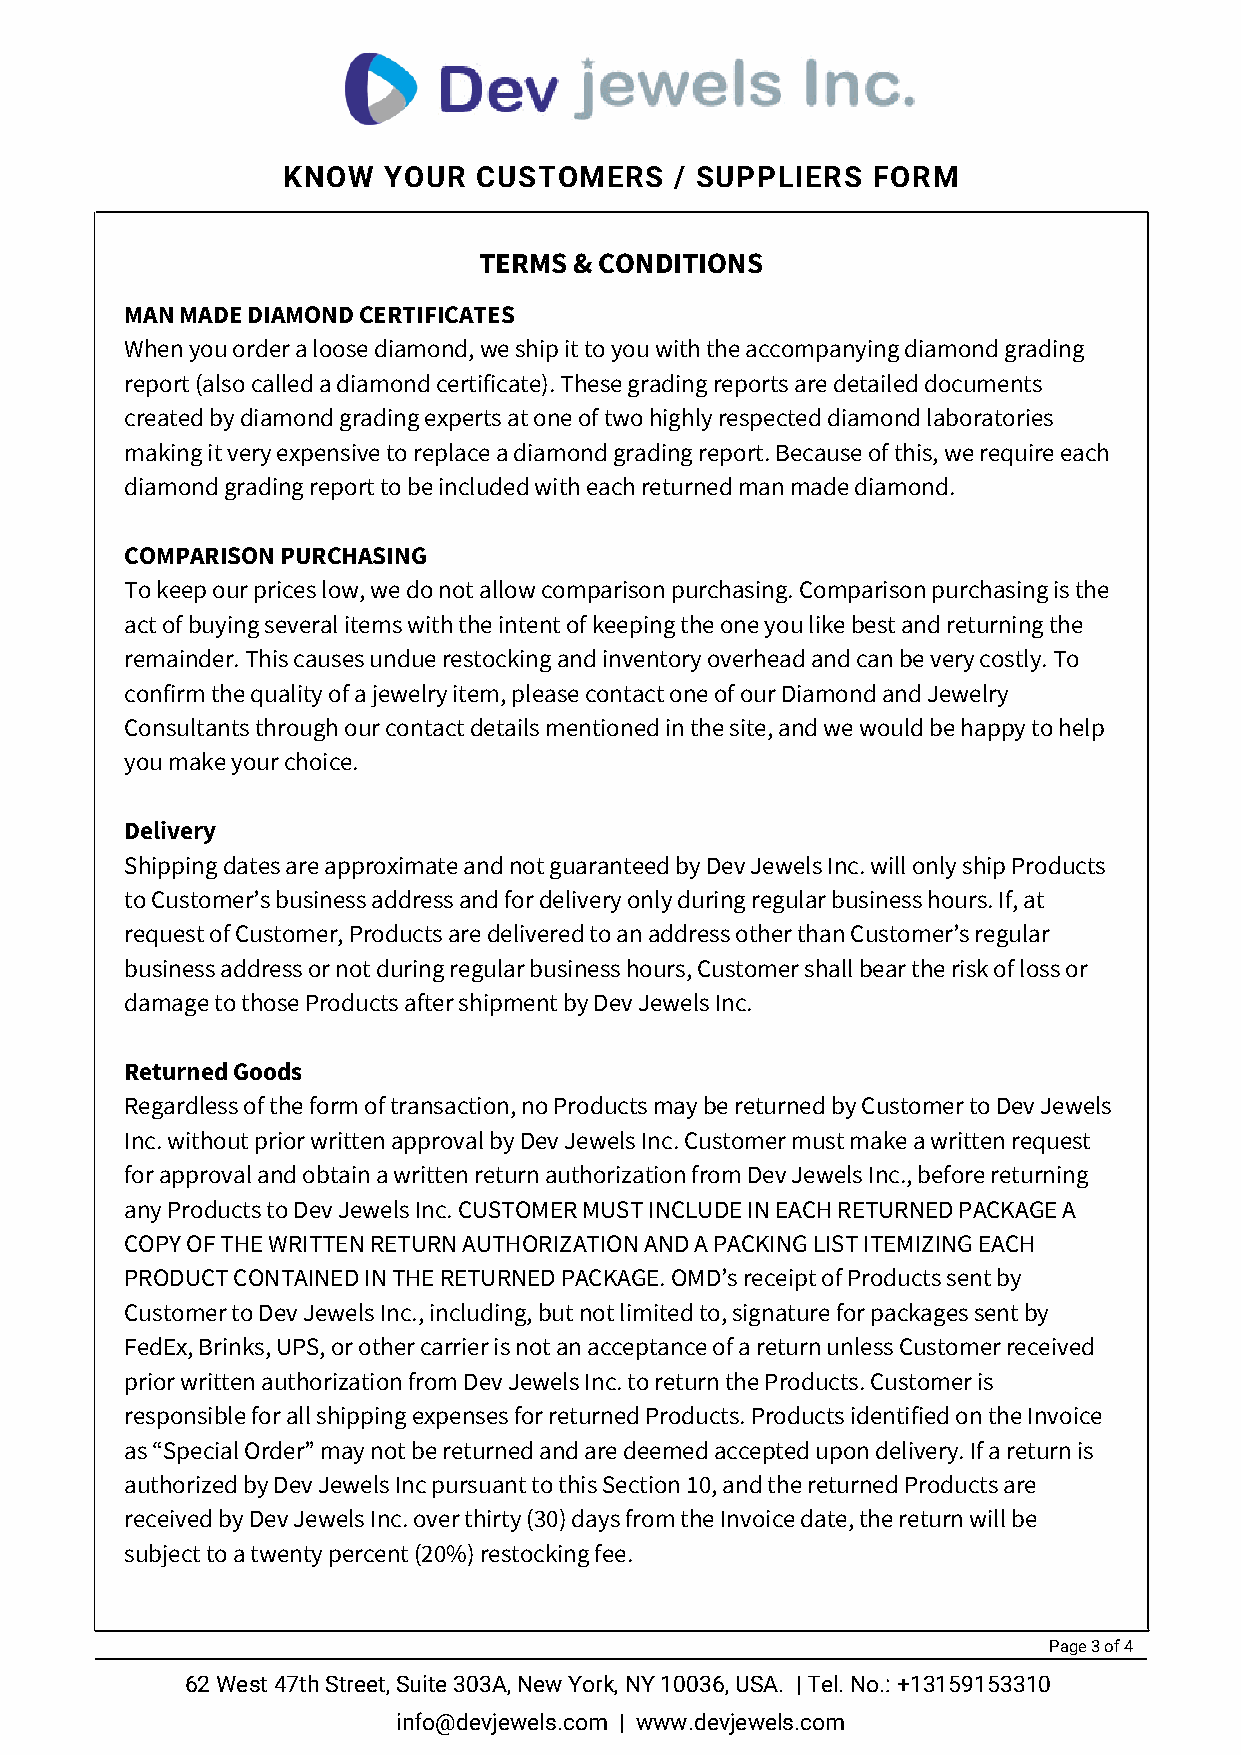
KNOW  YOUR   CUSTOMERS    / SUPPLIERS  FORM
 TERMS & CONDITIONS
 MAN MADE DIAMOND CERTIFICATES
 When you order a loose diamond, we ship it to you with the accompanying diamond grading
 report (also called a diamond certificate). These grading reports are detailed documents
 created by diamond grading experts at one of two highly respected diamond laboratories
 making it very expensive to replace a diamond grading report. Because of this, we require each
 diamond grading report to be included with each returned man made diamond.
 COMPARISON PURCHASING
 To keep our prices low, we do not allow comparison purchasing. Comparison purchasing is the
 act of buying several items with the intent of keeping the one you like best and returning the
 remainder. This causes undue restocking and inventory overhead and can be very costly. To
 confirm the quality of a jewelry item, please contact one of our Diamond and Jewelry
 Consultants through our contact details mentioned in the site, and we would be happy to help
 you make your choice.
 Delivery
 Shipping dates are approximate and not guaranteed by Dev Jewels Inc. will only ship Products
 to Customer’s business address and for delivery only during regular business hours. If, at
 request of Customer, Products are delivered to an address other than Customer’s regular
 business address or not during regular business hours, Customer shall bear the risk of loss or
 damage to those Products after shipment by Dev Jewels Inc.
 Returned Goods
 Regardless of the form of transaction, no Products may be returned by Customer to Dev Jewels
 Inc. without prior written approval by Dev Jewels Inc. Customer must make a written request
 for approval and obtain a written return authorization from Dev Jewels Inc., before returning
 any Products to Dev Jewels Inc. CUSTOMER MUST INCLUDE IN EACH RETURNED PACKAGE A
 COPY OF THE WRITTEN RETURN AUTHORIZATION AND A PACKING LIST ITEMIZING EACH
 PRODUCT CONTAINED IN THE RETURNED PACKAGE. OMD’s receipt of Products sent by
 Customer to Dev Jewels Inc., including, but not limited to, signature for packages sent by
 FedEx, Brinks, UPS, or other carrier is not an acceptance of a return unless Customer received
 prior written authorization from Dev Jewels Inc. to return the Products. Customer is
 responsible for all shipping expenses for returned Products. Products identified on the Invoice
 as “Special Order” may not be returned and are deemed accepted upon delivery. If a return is
 authorized by Dev Jewels Inc pursuant to this Section 10, and the returned Products are
 received by Dev Jewels Inc. over thirty (30) days from the Invoice date, the return will be
 subject to a twenty percent (20%) restocking fee.
 Page 3 of 4
 62 West 47th Street, Suite 303A, New York, NY 10036, USA. | Tel. No.: +13159153310
 info@devjewels.com | www.devjewels.com